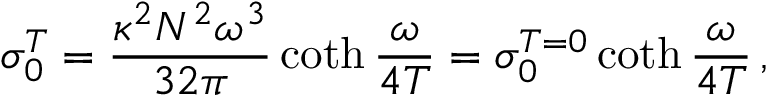
\sigma _ { 0 } ^ { T } = \frac { \kappa ^ { 2 } N ^ { 2 } \omega ^ { 3 } } { 3 2 \pi } \coth { \frac { \omega } { 4 T } } = \sigma _ { 0 } ^ { T = 0 } \coth { \frac { \omega } { 4 T } } \, ,